Report on the lunatic asylums under the Government of Bombay - 1904-1913
Year: 1904
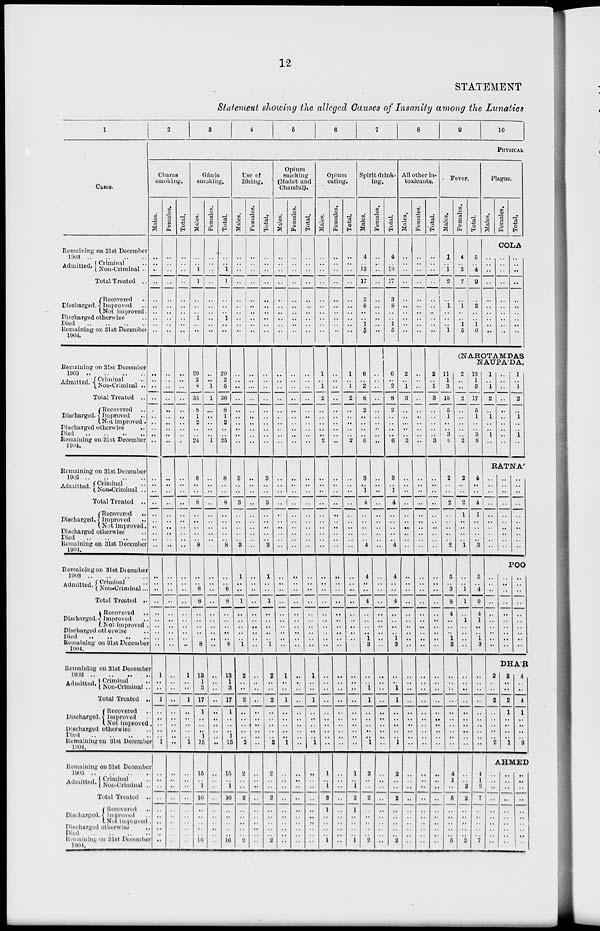
12
STATEMENT
Statement showing the alleged Causes of Insanity among the Lunatics
1
Cases.
Remaining on 31st December
1903 .. .. .. ..
Admitted. Criminal ..
Non-Criminal ..
Total Treated ..
Discharged.
Recovered ..
Improved ..
Not improved.
Discharged otherwise ..
Died
..
..
..
..
Remaining on 31st December
1904.
Remaining on31st December
1903 .. .. .. ..
Admitted.
Criminal ..
Non-Criminal ..
Total Treated ..
Discharged.
Recovered ..
Improved ..
Not improved.
Discharged otherwise ..
Died .. .. .. ..
Remaining on 31st December
1904.
Remaining on 31st December
1903
..
..
..
..
Admitted. Criminal ..
Non-Criminal ..
Total Treated ..
Discharged.
Recovered
..
Improved ..
Not improved.
Discharged otherwise ..
Died
..
..
..
..
Remaining on 31st December
1904.
Remaining on 31st December
1903
..
..
..
..
Admitted. Criminal ...
Non-Criminal ...
Total Treated ..
Discharged.
Recovered ..
Improved ..
Not improved .
Discharged otherwise ...
Died .. .. .. ..
Remaining on 31st December
1904.
Remaining on 31st December
1903
..
..
..
..
Admitted. Criminal ..
Non-Criminal ..
Total Treated ..
Discharged.
Recovered ..
Improved ..
Not improved ..
Discharged otherwise ..
Died .. .. .. ..
Remaining on 31st December
1904.
Remaining on 31st December
1903
..
..
..
..
Admitted. . Criminal ..
Non-Criminal ..
Total Treated ..
Discharged.
Recovered ..
Improved ..
Not improved ..
Discharged otherwise
..
Died .. .. .. .. ..
Remaining on 31st December
1904.
2
3
4
5
6
7
8
9
10
PHYSICAL
Charas
smoking.
Males.
..
..
. .
..
..
..
..
..
..
..
..
..
..
..
..
..
..
..
..
..
..
..
..
..
..
..
..
..
..
..
..
..
..
..
..
..
..
..
..
..
1
..
..
1
..
..
..
..
..
1
..
..
..
..
..
..
..
..
..
..
Females.
..
..
..
..
..
..
..
..
..
..
..
..
..
..
..
..
..
..
..
..
..
..
..
..
..
..
..
..
..
..
..
..
..
..
..
..
..
..
..
..
..
..
..
..
..
..
..
..
..
..
..
..
..
..
..
..
..
..
..
..
Total.
..
..
..
..
..
..
..
..
..
..
..
..
..
..
..
..
..
..
..
..
..
..
..
..
..
..
..
..
..
..
..
..
..
..
..
..
..
..
..
..
1
..
..
1
..
..
..
..
.. 1
..
..
..
..
..
..
..
..
..
..
Gánja
smoking.
Males.
..
..
1
1
..
..
..
1
..
..
29
2
4
35
8
1
2
..
..
24
8
..
..
8
..
..
..
..
..
8
..
..
8
8
..
..
..
..
..
8
13
1
3
17
1
..
..
..
1
15
15
..
1
16
..
..
..
..
..
16
Females.
..
..
..
..
..
..
..
..
..
..
..
.. 1
1
..
..
..
..
..
1
..
..
..
..
..
..
..
..
..
..
..
..
..
..
..
..
..
..
..
..
..
..
. .
..
..
..
..
..
.. ..
..
..
..
..
..
..
..
..
..
..
Total.
..
..
1
1
..
..
..
1
..
..
29
2
5
36
8
1
2
..
..
25
8
..
..
8
..
..
..
..
..
8
..
..
8
8
..
..
..
..
..
8
13
1
3
17
1
..
..
..
1
15
15
..
1
16
..
..
..
..
..
16
Use of
Bhang.
Males.
..
..
..
..
..
..
..
..
..
..
..
..
..
..
..
..
..
..
..
..
3
..
..
3
..
..
..
..
..
3
1
..
..
1
..
..
..
..
..
1
2
..
..
2
..
..
..
..
..
2
2
..
..
2
..
..
..
..
..
2
Females.
..
..
..
..
..
..
..
..
..
..
..
..
..
..
..
..
..
..
..
..
..
..
..
..
..
..
..
..
..
..
..
..
..
..
..
..
..
..
..
..
..
..
..
..
..
..
..
..
..
..
..
..
..
..
..
..
..
..
..
..
Total.
..
..
..
..
..
..
..
..
..
..
..
..
..
..
..
..
..
..
..
..
3
..
..
3
..
..
..
..
..
3
1
..
..
1
..
..
..
..
..
1
2
..
..
2
..
..
..
..
.. 2
2
..
..
2
..
..
..
..
..
2
Opium
smoking
(Madat and
Chandul).
Males.
..
..
..
..
..
..
..
..
..
..
..
..
..
..
..
..
..
..
..
..
..
..
..
..
..
..
..
..
..
..
..
..
..
..
..
..
..
..
..
..
1
..
..
1
..
..
..
..
..
1
..
..
..
..
..
..
..
..
..
..
Females.
..
..
..
..
..
..
..
....
..
..
..
..
..
..
..
..
..
..
..
..
..
..
..
..
..
..
..
..
..
..
..
..
..
..
..
..
..
..
..
..
..
..
..
..
..
..
..
..
..
..
..
..
..
..
..
..
..
..
..
..
Total.
..
..
..
..
..
..
..
..
..
..
..
..
..
..
..
..
..
..
..
..
..
..
..
..
..
..
..
..
..
..
..
..
..
..
..
..
..
..
..
..
1
..
..
1
..
..
..
..
..
1
. .
..
..
..
..
..
..
..
..
..
Opium
eating.
Males.
..
..
..
..
..
..
..
..
..
..
1
1
2
..
..
..
..
..
2
..
..
..
..
..
..
..
..
..
..
..
..
..
..
..
..
..
..
..
..
..
..
..
..
..
..
..
..
..
..
1
..
1
2
1
..
..
..
..
1
Females.
..
..
..
..
..
..
..
..
..
..
..
..
..
. .
..
..
..
..
..
..
..
..
..
..
..
..
..
..
..
..
..
..
..
..
..
..
..
..
..
..
..
..
..
..
..
..
..
..
..
..
..
..
..
..
..
..
..
..
..
..
Total.
..
..
..
..
..
..
..
..
..
..
1
1
2
..
..
..
..
..
2
..
..
..
..
..
..
..
..
..
..
..
..
..
..
..
..
..
..
..
..
..
..
..
..
..
..
..
..
..
..
1
..
1
2
1
..
..
..
..
1
Spirit drink-
ing.
Males.
4
..
13
17
3
8
..
..
1
5
6
..
2
8
2
..
..
..
..
6
3
..
1
4
..
..
..
..
..
4
4
..
..
4
..
..
..
..
1
3
..
..
1
1
..
..
..
..
.. 1
2
..
..
2
..
..
..
..
..
2
Females.
..
..
..
..
..
..
..
..
..
..
..
..
..
. .
..
..
..
..
..
..
..
..
..
..
..
..
..
..
..
..
..
..
..
..
..
..
..
..
..
..
..
..
. .
..
..
..
..
..
..
..
..
..
..
..
..
..
..
..
..
Total.
4
..
13
17
3
8
..
..
1
5
6
..
2
8
2
..
..
..
..
6
3
..
1
4
..
..
..
..
..
4
4
..
..
4
..
..
..
..
1
3
..
..
1
1
..
..
..
..
.. 1
2
..
..
2
..
..
..
..
..
2
All other in-
toxicants.
Males.
..
..
..
..
..
..
..
..
..
..
2
..
1
3
..
..
..
..
..
3
..
..
..
..
..
..
..
..
..
..
..
..
..
..
..
..
..
..
..
..
..
..
..
..
..
..
..
..
..
..
..
..
..
..
..
..
..
..
..
..
Females.
..
..
..
..
..
..
..
..
..
..
..
..
..
..
..
..
..
..
..
..
..
..
..
..
..
..
..
..
..
..
..
..
..
..
..
..
..
..
..
..
..
..
..
..
..
..
..
..
..
..
..
..
..
..
..
..
..
..
..
..
Total.
..
..
. .
..
..
..
..
..
..
..
2
.. 1
3
..
..
..
..
..
3
..
..
..
..
..
..
..
..
..
..
..
..
..
..
..
..
..
..
..
..
..
..
..
..
..
..
..
..
..
..
..
..
..
..
..
..
..
..
..
..
Fever.
Males.
1
..
1
2
..
1
..
..
.. 1
11
1
3
15
5
1
..
..
3
6
2
..
..
2
..
..
..
..
..
2
5
..
3
8
4
..
..
..
1
3
..
..
..
..
..
..
..
..
..
..
4
1
..
5
..
..
..
..
..
5
Females.
4
..
3
7
..
1
..
..
1
5
Total.
5
..
4
9
..
2
..
..
1
6
Plague.
Males.
Females.
Total.
COLA
..
..
..
..
..
..
..
..
..
..
..
..
..
..
..
..
..
..
..
..
..
..
..
..
..
..
..
..
..
..
(NAROTAMDAS
NAUPA'DA,
2
..
..
2
..
..
..
..
..
2
2
..
..
2
1
..
..
..
..
1
..
..
1
1
..
1
..
..
..
..
..
..
..
..
..
..
..
..
..
..
..
..
2
2
..
..
..
..
..
2
13
1
3
17
5
1
..
..
3
8
4
..
..
4
1
..
..
..
..
3
5
..
4
9
4
1
..
..
1
3
..
..
..
..
..
..
..
..
..
..
4
1
2
7
..
..
..
..
..
7
1
..
1
2
..
1
..
..
1
..
..
..
..
..
..
..
..
..
1
..
1
2
..
1
..
..
1
RATNA'
..
..
..
..
..
..
..
..
..
..
..
..
..
..
..
..
..
..
..
..
..
..
..
..
..
..
..
..
..
..
..
..
..
..
..
..
..
..
..
..
..
..
..
..
..
..
..
..
..
..
POO
..
..
..
..
..
..
..
..
..
..
DHA'R
2
..
..
2
..
..
..
..
..
2
2
..
..
2
1
..
..
..
..
1
4
..
..
4
1
..
..
..
..
3
AHMED
..
..
..
..
..
..
..
..
..
..
..
..
..
..
..
..
..
..
..
..
..
..
..
..
..
..
..
..
..
..